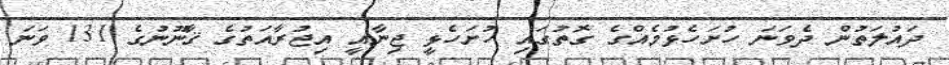
ދައުލަތުން ދެވަނަ ހުށަހެޅުމެއްގެ ގޮތުގައި ހުށަހެޅީ ޖިނާއީ އިޖުރާއަތުގެ ޤާނޫނުގެ 131 ވަނަ